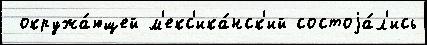
 окружа́ющей м'екс'ика́нск'ий состоjа́л'ись